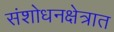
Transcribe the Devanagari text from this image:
संशोधनक्षेत्रात